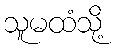
သူမထံသို့